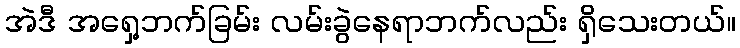
အဲဒီ အရှေ့ဘက်ခြမ်း လမ်းခွဲနေရာဘက်လည်း ရှိသေးတယ်။